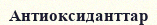
Антиоксиданттар